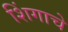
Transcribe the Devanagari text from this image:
शिंगाचे